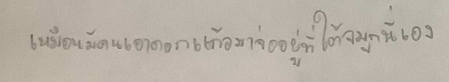
เหมือนมีคนเอาดอกแก้วมาจ่ออยู่ที่ใต้จมูกนี่เอง